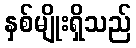
နှစ်မျိုးရှိသည်